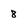
Character: 8